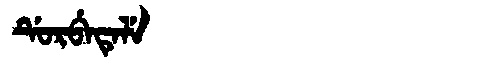
Manchu: ᡩᡠᡵᠪᡝᡨᡝᠯᡝ
Romanization: DURBETELE